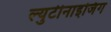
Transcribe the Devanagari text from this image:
ल्युटीनाइजिंग